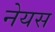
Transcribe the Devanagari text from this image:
नेयस